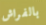
بالفراش